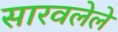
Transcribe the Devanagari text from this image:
सारवलेले